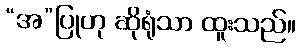
“အ”ပြုဟု ဆိုရုံသာ ထူးသည်။